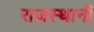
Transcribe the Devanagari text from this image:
राज़स्थानी